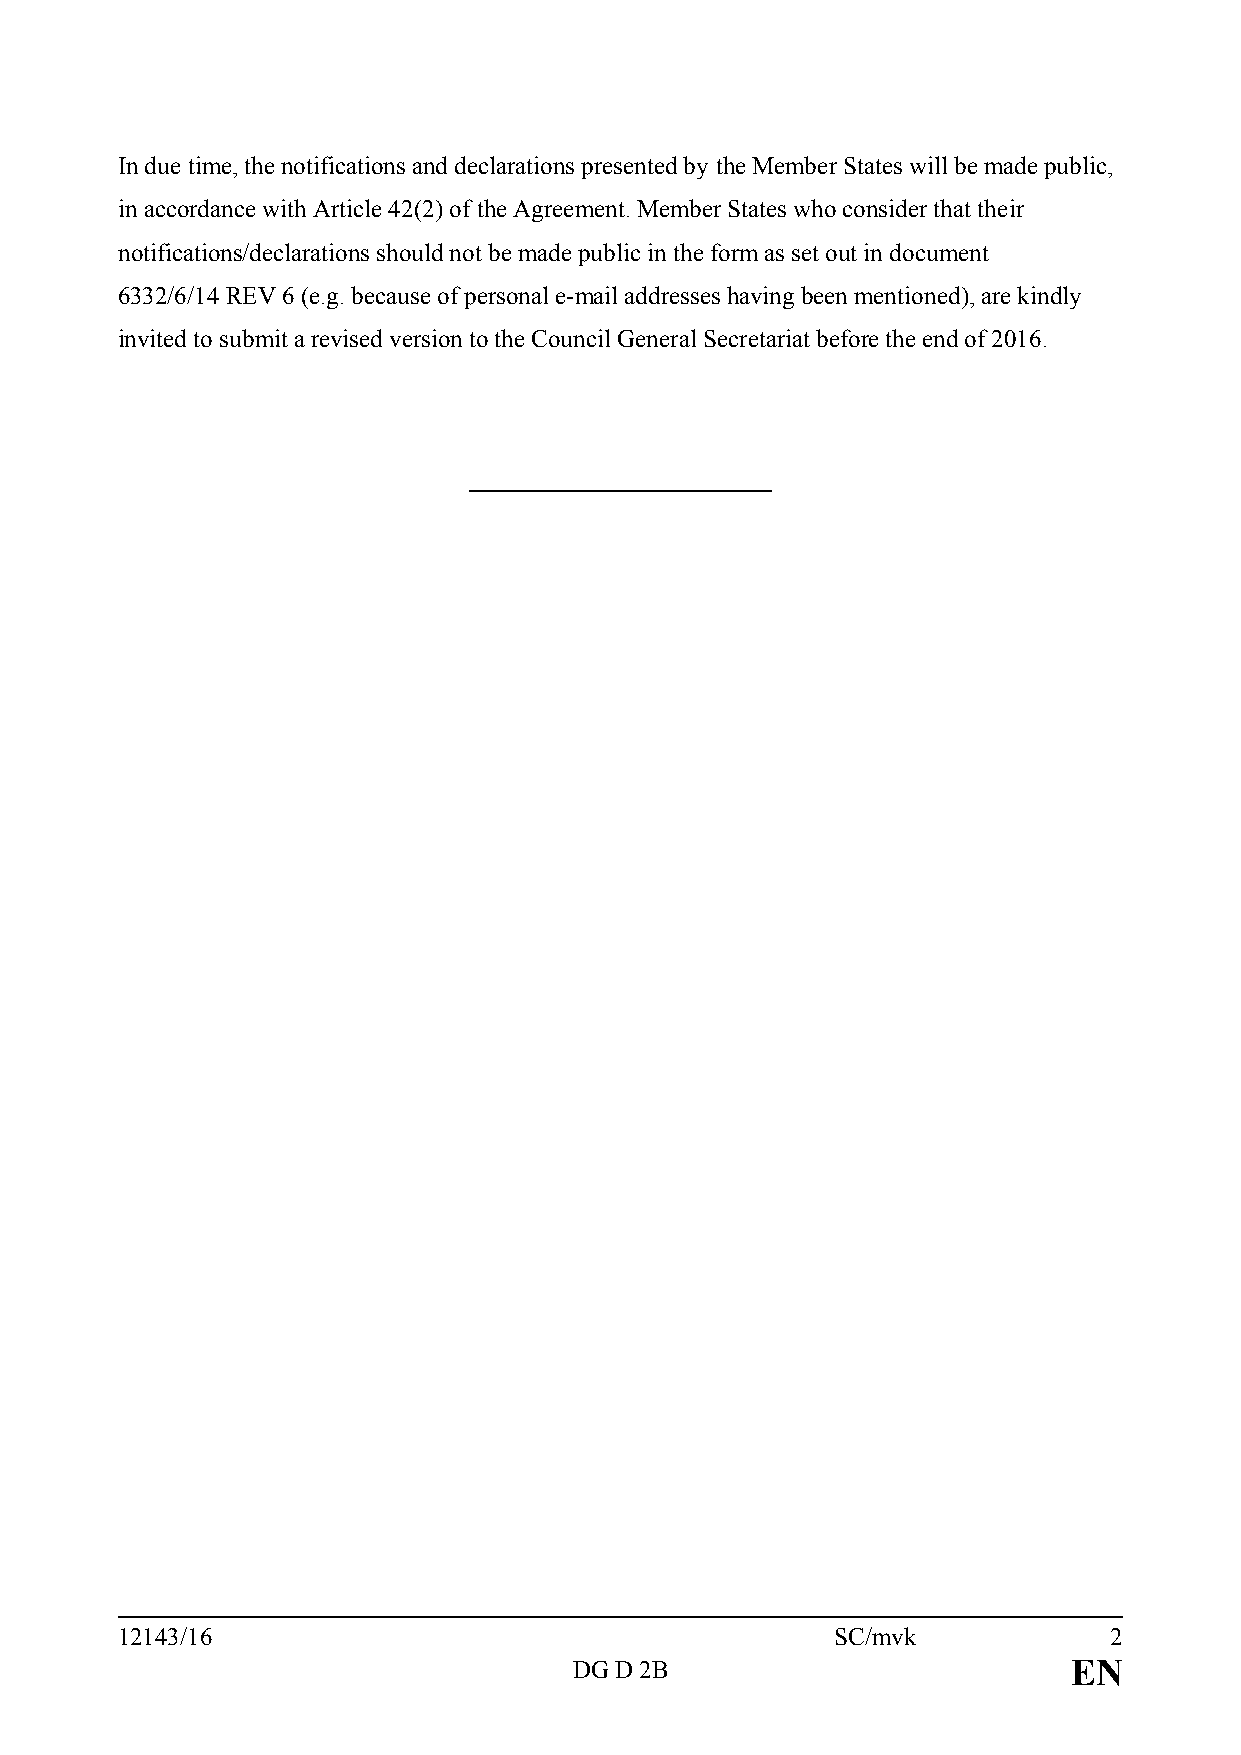
In due time, the notifications and declarations presented by the Member States will be made public,
 in accordance with Article 42(2) of the Agreement. Member States who consider that their
 notifications/declarations should not be made public in the form as set out in document
 6332/6/14 REV 6 (e.g. because of personal e-mail addresses having been mentioned), are kindly
 invited to submit a revised version to the Council General Secretariat before the end of 2016.
 12143/16                                       SC/mvk            2
 DG D 2B                          EN